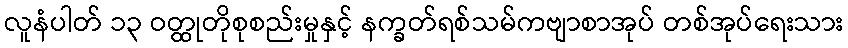
လူနံပါတ် ၁၃ ဝတ္ထုတိုစုစည်းမှုနှင့် နက္ခတ်ရစ်သမ်ကဗျာစာအုပ် တစ်အုပ်ရေးသား